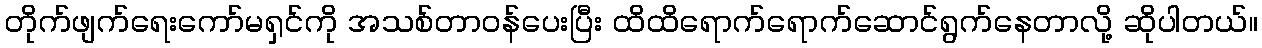
တိုက်ဖျက်ရေးကော်မရှင်ကို အသစ်တာဝန်ပေးပြီး ထိထိရောက်ရောက်ဆောင်ရွက်နေတာလို့ ဆိုပါတယ်။